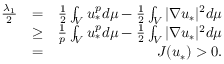
\begin{array} { r l r } { \frac { \lambda _ { 1 } } { 2 } } & { = } & { \frac { 1 } { 2 } \int _ { V } u _ { * } ^ { p } d \mu - \frac { 1 } { 2 } \int _ { V } | \nabla u _ { * } | ^ { 2 } d \mu } \\ & { \geq } & { \frac { 1 } { p } \int _ { V } u _ { * } ^ { p } d \mu - \frac { 1 } { 2 } \int _ { V } | \nabla u _ { * } | ^ { 2 } d \mu } \\ & { = } & { J ( u _ { * } ) > 0 . } \end{array}